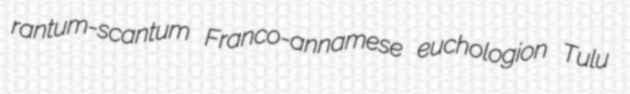
rantum-scantum Franco-annamese euchologion Tulu